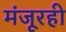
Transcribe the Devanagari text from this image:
मंजूरही